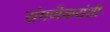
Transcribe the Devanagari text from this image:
रांगणेकरांशी